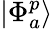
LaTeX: |\Phi_{a}^{p}\rangle